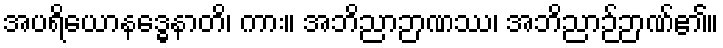
အပရိယောနဒ္ဓေနာတိ၊ ကား။ အဘိညာဉာဏဿ၊ အဘိညာဉ်ဉာဏ်၏။